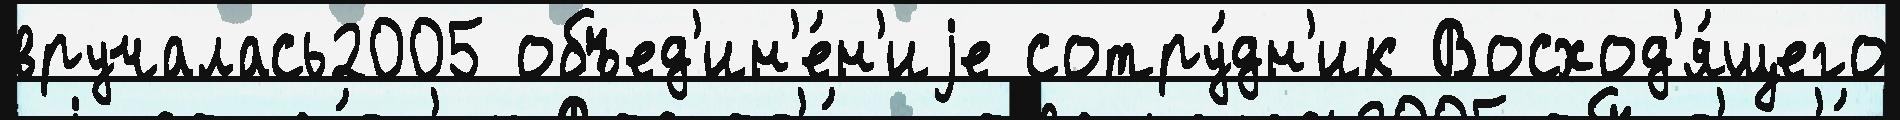
вручалась2005 объед'ин'е́н'иjе сотру́дн'ик Восход'я́щего